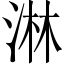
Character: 淋